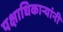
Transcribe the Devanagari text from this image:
पक्षाधिकाऱ्यांनी